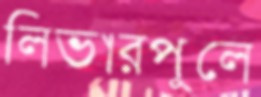
লিভারপুলে